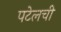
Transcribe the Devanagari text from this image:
पटेलची